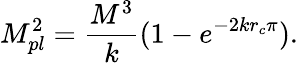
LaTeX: M_{pl}^{2}=\frac{M^{3}}{k}(1-e^{-2kr_{c}\pi}).